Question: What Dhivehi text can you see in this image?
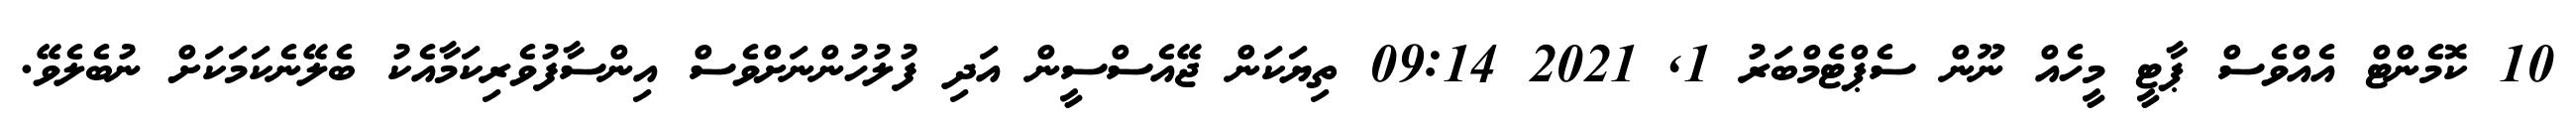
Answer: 10 ކޮމެންޓް އެއްވެސް ޕާޓީ މީހެއް ނޫން ސެޕްޓެމްބަރު 1, 2021 09:14 ތިޔަކަން ޖޭއެސްސީން އަދި ފުލުހުންނަށްވެސް އިންސާފުވެރިކަމާއެކު ބެލޭނެކަމަކަށް ނުބެލެވޭ.